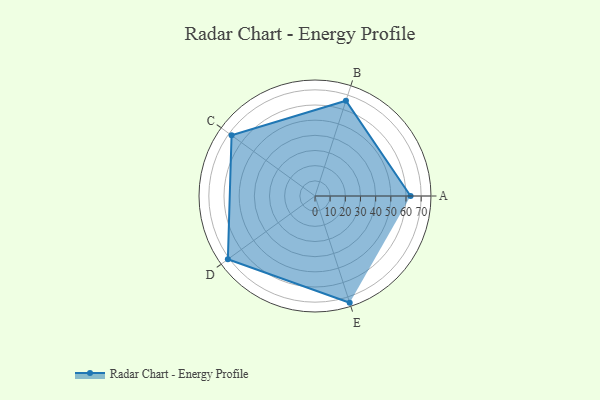
{"axis": {"x": "Skill", "y": "Score"}, "legend": ["Profile"], "data": [{"x": "A", "y": 63.0, "type": "Profile"}, {"x": "B", "y": 66.0, "type": "Profile"}, {"x": "C", "y": 68.0, "type": "Profile"}, {"x": "D", "y": 71.0, "type": "Profile"}, {"x": "E", "y": 74.0, "type": "Profile"}]}